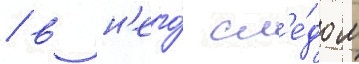
/ в н'его́ сл'е́дом